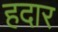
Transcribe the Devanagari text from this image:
हदार